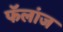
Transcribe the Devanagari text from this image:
फॅलांज